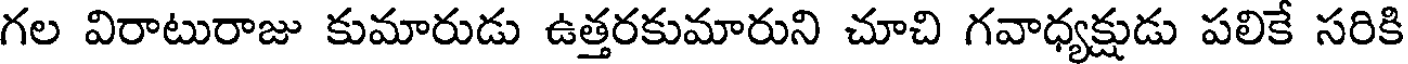
గల విరాటురాజు కుమారుడు ఉత్తరకుమారుని చూచి గవాధ్యక్షుడు పలికే సరికి